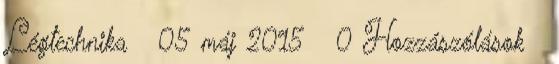
Légtechnika 05 máj 2015 0 Hozzászólások